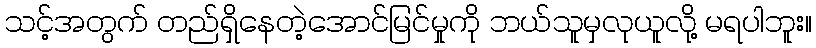
သင့်အတွက် တည်ရှိနေတဲ့အောင်မြင်မှုကို ဘယ်သူမှလုယူလို့ မရပါဘူး။